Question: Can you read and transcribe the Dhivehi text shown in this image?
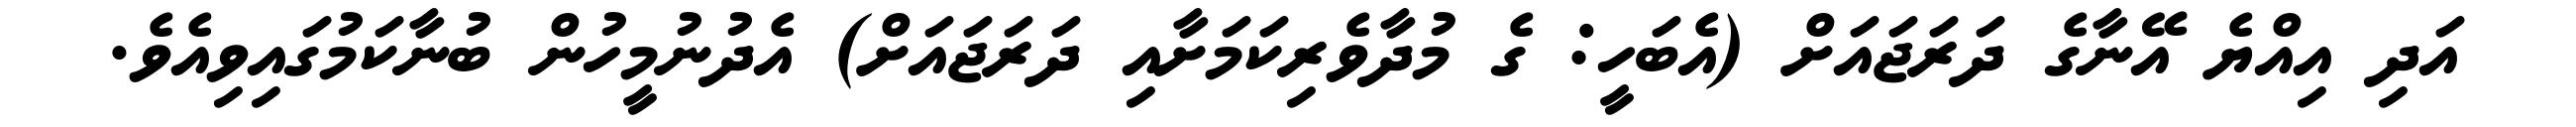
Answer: އަދި އިއްޔެ އޭނާގެ ދަރަޖައަށް (އެބަހީ: ގެ މުދާވެރިކަމަށާއި ދަރަޖައަށް) އެދުނުމީހުން ބުނާކަމުގައިވިއެވެ.